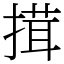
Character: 搑